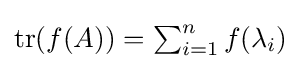
\operatorname {tr} (f(A))=\textstyle \sum _{i=1}^{n}f(\lambda _{i})